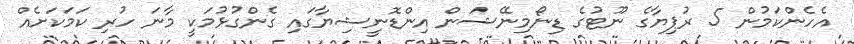
އެހެންކަމުން 5 ރުޕިޔާގެ ނޫޓުގެ ޑިނޯމިނޭޝަން އިންޑޮނީޝިޔާގައި ގެންގުޅުމަކީ މާނަ ހުރި ކަމަކަށެއް